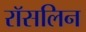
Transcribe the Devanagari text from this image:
रॉसलिन